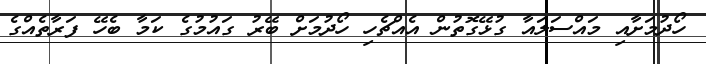
ހޯދުމަށާއި މައްސަލައާ ގުޅޭގޮތުން އެއްޗެހި ހޯދުމަށް ބޭރު ގައުމުގެ ކަމާ ބެހޭ ފަރާތެއްގެ